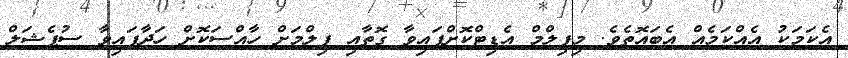
އެކަމަކު އެއްކަމެއް އެބައޮތެވެ. މިފިލްމް އެޑިޓްކޮށްފައިވާ ގޮތާއި ފިލްމަށް ހާއްސަކޮށް ހަދާފައިވާ ސުޕެޝަލް